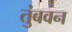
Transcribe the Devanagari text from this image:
तुंबवन